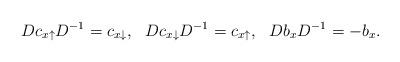
LaTeX: \begin{align*}Dc_{x\uparrow} D^{-1} =c_{x\downarrow},\ \ D c_{x\downarrow} D^{-1}=c_{x\uparrow}, \ \ Db_x D^{-1}=-b_x. \end{align*}